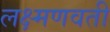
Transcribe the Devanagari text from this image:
लक्ष्मणवती